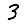
Digit: 3